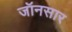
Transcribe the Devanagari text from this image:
जॉनसार